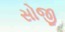
સોજી